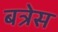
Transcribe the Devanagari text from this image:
बत्रेस